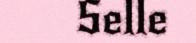
Selle